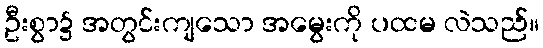
ဦးစွာ၌ အတွင်းကျသော အမွေးကို ပထမ လဲသည်။